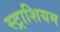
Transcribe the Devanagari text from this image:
स्ट्राशियम